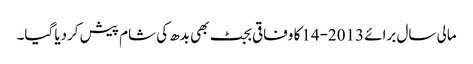
مالی سال برائے 2013-14کا وفاقی بجٹ بھی بدھ کی شام پیش کردیا گیا۔